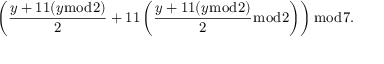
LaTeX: \left( { \frac { y + 1 1 ( y { \bmod { 2 } } ) } { 2 } } + 1 1 \left( { \frac { y + 1 1 ( y { \bmod { 2 } } ) } { 2 } } { \bmod { 2 } } \right) \right) { \bmod { 7 } } .